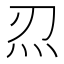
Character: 𤆕